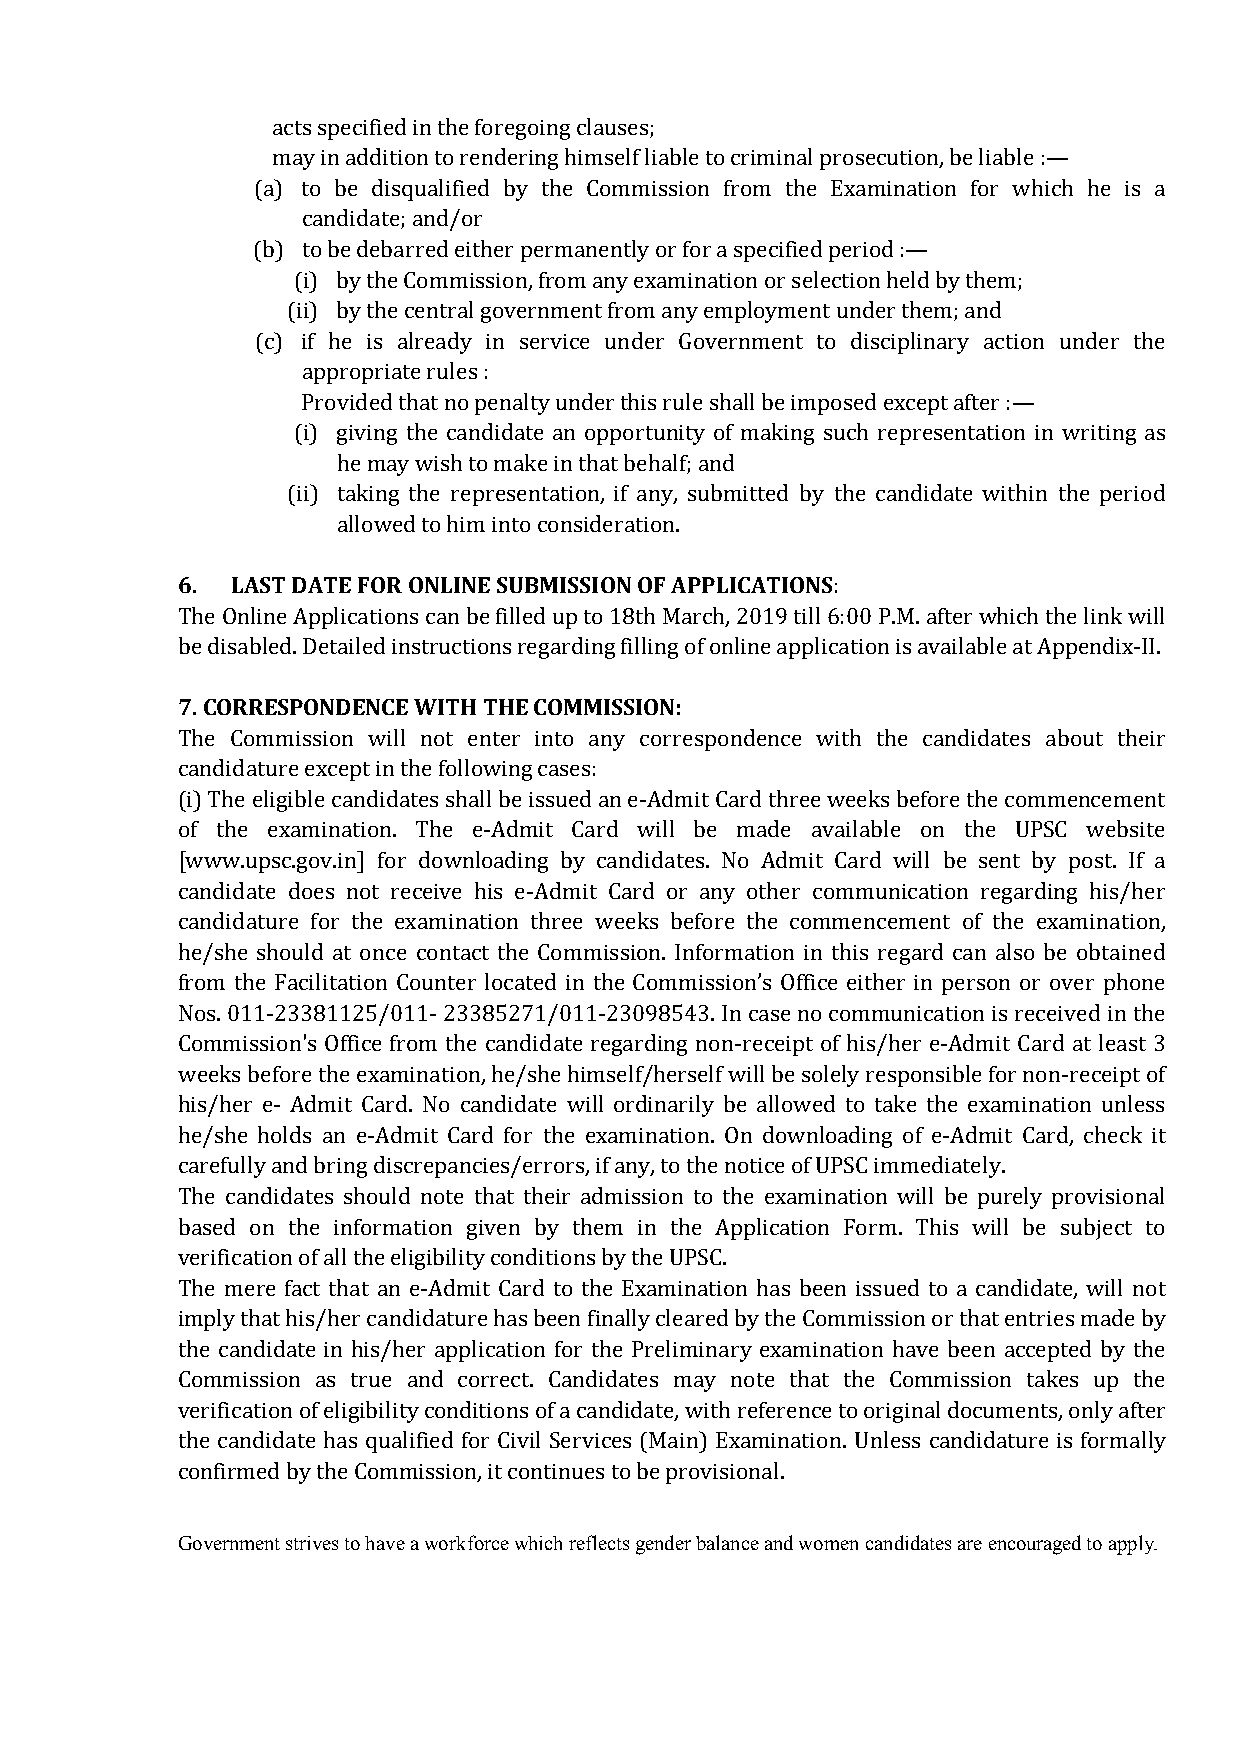
acts specified in the foregoing clauses;
 may in addition to rendering himself liable to criminal prosecution, be liable :—
 (a) to be disqualified by the Commission from the Examination for which he is a
 candidate; and/or
 (b) to be debarred either permanently or for a specified period :—
 (i) by the Commission, from any examination or selection held by them;
 (ii) by the central government from any employment under them; and
 (c) if he is already in service under Government to disciplinary action under the
 appropriate rules :
 Provided that no penalty under this rule shall be imposed except after :—
 (i) giving the candidate an opportunity of making such representation in writing as
 he may wish to make in that behalf; and
 (ii) taking the representation, if any, submitted by the candidate within the period
 allowed to him into consideration.
 6. LAST DATE FOR ONLINE SUBMISSION OF APPLICATIONS
 :
 The Online Applications can be filled up to 18th March, 2019 till 6:00 P.M. after which the link will
 be disabled. Detailed instructions regarding filling of online application is available at Appendix-II.
 7. CORRESPONDENCE WITH THE COMMISSION:
 The Commission will not enter into any correspondence with the candidates about their
 candidature except in the following cases:
 (i) The eligible candidates shall be issued an e-Admit Card three weeks before the commencement
 of the examination. The e-Admit Card will be made available on the UPSC website
 [www.upsc.gov.in] for downloading by candidates. No Admit Card will be sent by post. If a
 candidate does not receive his e-Admit Card or any other communication regarding his/her
 candidature for the examination three weeks before the commencement of the examination,
 he/she should at once contact the Commission. Information in this regard can also be obtained
 from the Facilitation Counter located in the Commission’s Office either in person or over phone
 Nos. 011-23381125/011- 23385271/011-23098543. In case no communication is received in the
 Commission's Office from the candidate regarding non-receipt of his/her e-Admit Card at least 3
 weeks before the examination, he/she himself/herself will be solely responsible for non-receipt of
 his/her e- Admit Card. No candidate will ordinarily be allowed to take the examination unless
 he/she holds an e-Admit Card for the examination. On downloading of e-Admit Card, check it
 carefully and bring discrepancies/errors, if any, to the notice of UPSC immediately.
 The candidates should note that their admission to the examination will be purely provisional
 based on the information given by them in the Application Form. This will be subject to
 verification of all the eligibility conditions by the UPSC.
 The mere fact that an e-Admit Card to the Examination has been issued to a candidate, will not
 imply that his/her candidature has been finally cleared by the Commission or that entries made by
 the candidate in his/her application for the Preliminary examination have been accepted by the
 Commission as true and correct. Candidates may note that the Commission takes up the
 verification of eligibility conditions of a candidate, with reference to original documents, only after
 the candidate has qualified for Civil Services (Main) Examination. Unless candidature is formally
 confirmed by the Commission, it continues to be provisional.
 Government strives to have a workforce which reflects gender balance and women candidates are encouraged to apply.